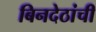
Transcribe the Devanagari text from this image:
बिनदेठांची